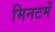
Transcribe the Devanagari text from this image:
मिनटमें